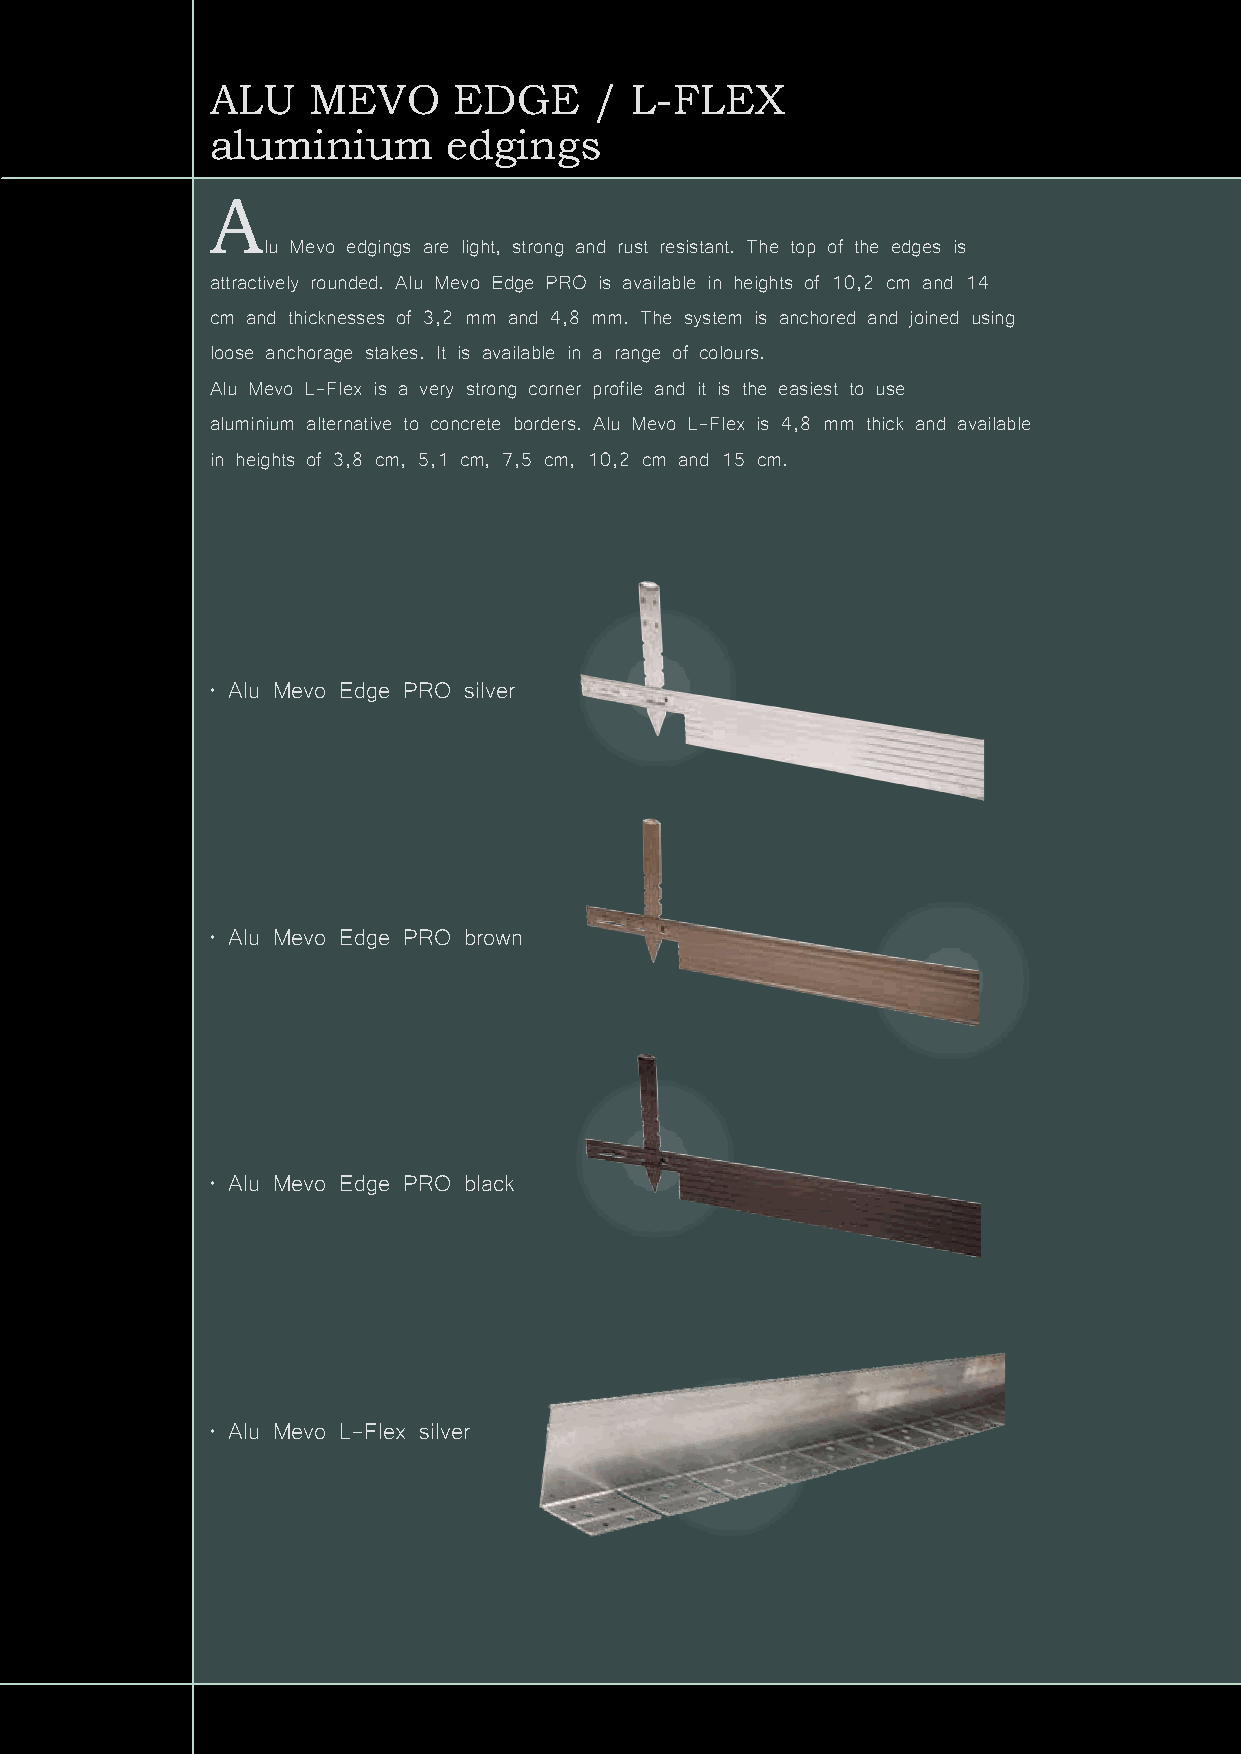
ALU   MEVO      EDGE     /  L-FLEX
 aluminium       edgings
 A
 lu Mevo edgings are light, strong and rust resistant. The top of the edges is
 attractively rounded. Alu Mevo Edge PRO is available in heights of 10,2 cm and 14
 cm and thicknesses of 3,2 mm and 4,8 mm. The system is anchored and joined using
 loose anchorage stakes. It is available in a range of colours.
 Alu Mevo L-Flex is a very strong corner profile and it is the easiest to use
 aluminium alternative to concrete borders. Alu Mevo L-Flex is 4,8 mm thick and available
 in heights of 3,8 cm, 5,1 cm, 7,5 cm, 10,2 cm and 15 cm.
 • Alu Mevo Edge PRO silver
 • Alu Mevo Edge PRO brown
 • Alu Mevo Edge PRO black
 • Alu Mevo L-Flex silver